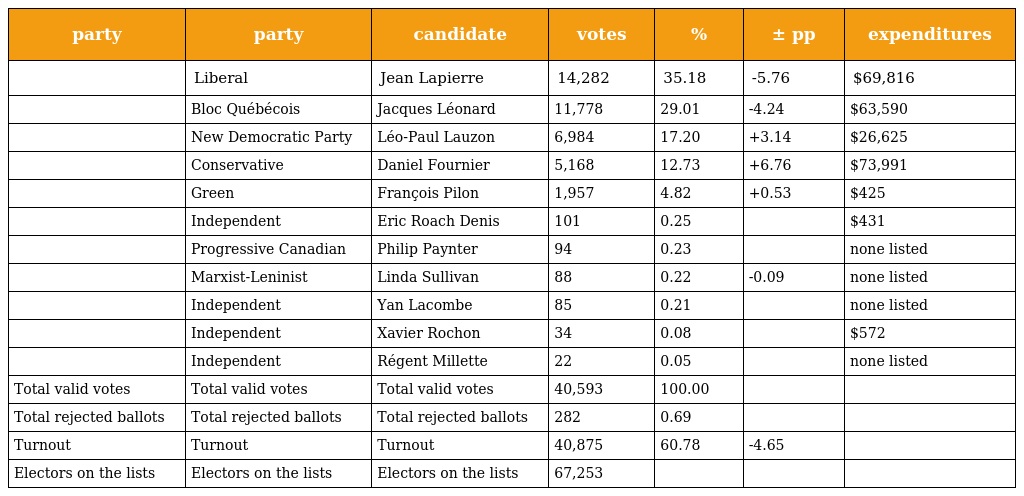
| party | party | candidate | votes | % | ± pp | expenditures |
 | --- | --- | --- | --- | --- | --- | --- |
 |  | Liberal | Jean Lapierre | 14,282 | 35.18 | -5.76 | $69,816 |
 |  | Bloc Québécois | Jacques Léonard | 11,778 | 29.01 | -4.24 | $63,590 |
 |  | New Democratic Party | Léo-Paul Lauzon | 6,984 | 17.20 | +3.14 | $26,625 |
 |  | Conservative | Daniel Fournier | 5,168 | 12.73 | +6.76 | $73,991 |
 |  | Green | François Pilon | 1,957 | 4.82 | +0.53 | $425 |
 |  | Independent | Eric Roach Denis | 101 | 0.25 |  | $431 |
 |  | Progressive Canadian | Philip Paynter | 94 | 0.23 |  | none listed |
 |  | Marxist-Leninist | Linda Sullivan | 88 | 0.22 | -0.09 | none listed |
 |  | Independent | Yan Lacombe | 85 | 0.21 |  | none listed |
 |  | Independent | Xavier Rochon | 34 | 0.08 |  | $572 |
 |  | Independent | Régent Millette | 22 | 0.05 |  | none listed |
 | Total valid votes | Total valid votes | Total valid votes | 40,593 | 100.00 |  |  |
 | Total rejected ballots | Total rejected ballots | Total rejected ballots | 282 | 0.69 |  |  |
 | Turnout | Turnout | Turnout | 40,875 | 60.78 | -4.65 |  |
 | Electors on the lists | Electors on the lists | Electors on the lists | 67,253 |  |  |  |